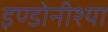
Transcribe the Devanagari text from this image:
इण्डोनीश्या